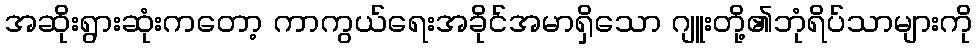
အဆိုးရွားဆုံးကတော့ ကာကွယ်ရေးအခိုင်အမာရှိသော ဂျူးတို့၏ဘုံရိပ်သာများကို